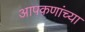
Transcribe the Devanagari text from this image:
आपकणांच्या